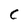
Character: C